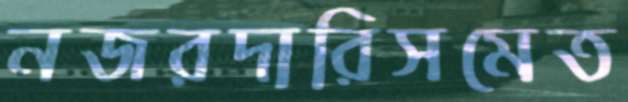
নজরদারিসমেত